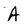
Character: A